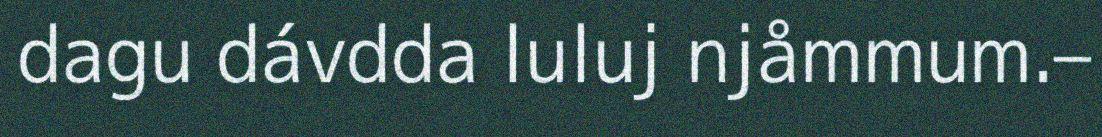
dagu dávdda luluj njåmmum.–